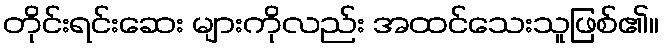
တိုင်းရင်းဆေး များကိုလည်း အထင်သေးသူဖြစ်၏။